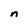
Character: n